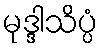
မုဒ္ဒါသိပ္ပံ